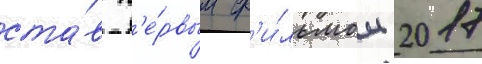
ста́в п'е́рвым ф'и́льмом 2017